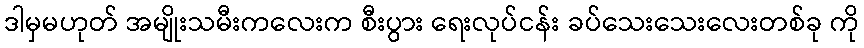
ဒါမှမဟုတ် အမျိုးသမီးကလေးက စီးပွား ရေးလုပ်ငန်း ခပ်သေးသေးလေးတစ်ခု ကို